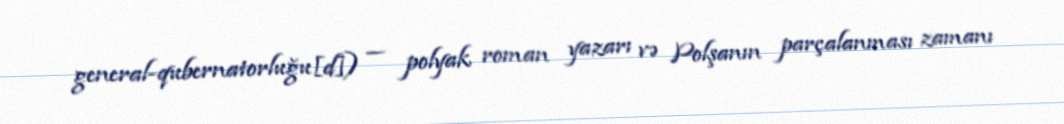
general-qubernatorluğu[d]) — polyak roman yazarı və Polşanın parçalanması zamanı